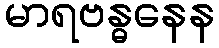
မာရဗန္ဓနေန